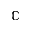
\mathbb { C }